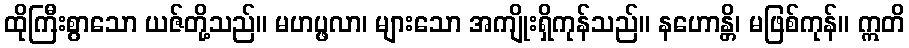
ထိုကြီးစွာသော ယဇ်တို့သည်။ မဟပ္ဖလာ၊ များသော အကျိုးရှိကုန်သည်။ နဟောန္တိ၊ မဖြစ်ကုန်။ ဣတိ